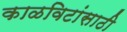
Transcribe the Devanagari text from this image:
काळविटांसाठी